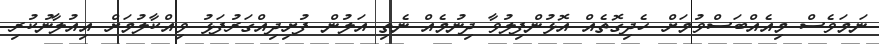
ނަމަވެސް މިއެއްބަސްވުމަށް ހެދިގޮތެއް އޮޅުންފިލުވާ ދިނުމެއް ނެތި އަލުން ފުށިދިއްގަރުފަޅު ވިއްކާލުމަށް އިއުލާނުކުރި